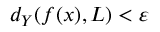
d _ { Y } ( f ( x ) , L ) < \varepsilon